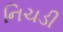
નિચડી